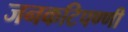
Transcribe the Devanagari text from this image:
जनकटिपण्णी